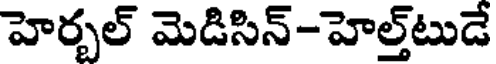
హెర్బల్ మెడిసిన్-హెల్త్టుడే